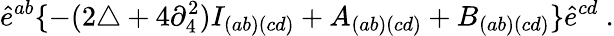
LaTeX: \hat{e}^{ab}\{ -(2\triangle+4\partial_{4}^{2})I_{(ab)(cd)}+A_{(ab)(cd)}+B_{(ab)(cd)}\} \hat{e}^{cd}\ .